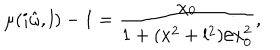
\mu ( i \hat { \omega } , l ) - 1 = \frac { \chi _ { 0 } } { 1 + ( x ^ { 2 } + l ^ { 2 } ) / x _ { 0 } ^ { 2 } } ,